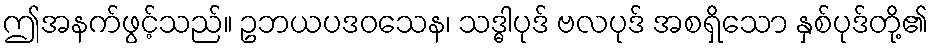
ဤအနက်ဖွင့်သည်။ ဥဘယပဒဝသေန၊ သဒ္ဓါပုဒ် ဗလပုဒ် အစရှိသော နှစ်ပုဒ်တို့၏